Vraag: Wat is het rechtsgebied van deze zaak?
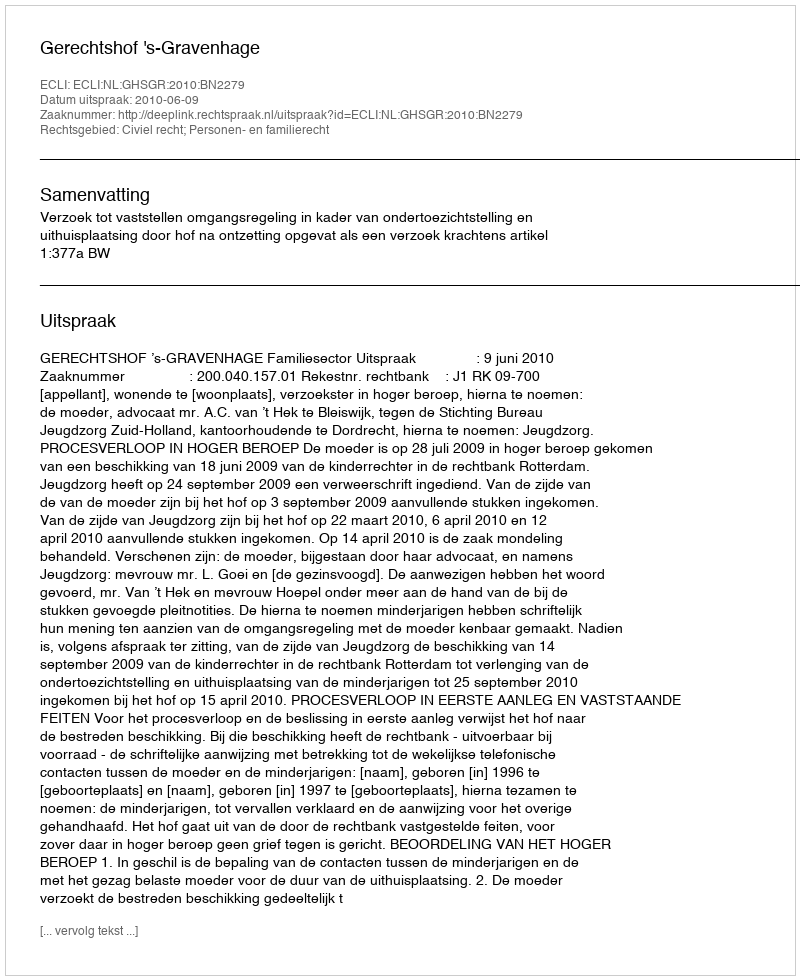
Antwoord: Civiel recht; Personen- en familierecht